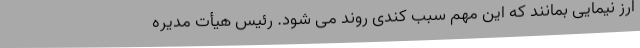
ارز نیمایی بمانند که این مهم سبب کندی روند می شود. رئیس هیأت مدیره